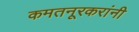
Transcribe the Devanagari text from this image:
कमतनूरकरांनी